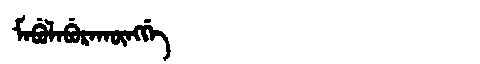
Manchu: ᠮᠠᠪᡠᠯᠠᠪᡠᡵᠠᡴᡡᠩᡤᡝ
Romanization: MABULABURAKŪNGGE